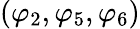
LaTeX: (\varphi_{2},\varphi_{5},\varphi_{6})